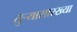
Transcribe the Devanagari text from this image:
तुर्‍यासारख्या